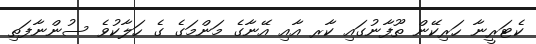
ކެޓަރީނާ ހަރިކޭން ތޫފާނުގައި ކާރ އާއި އޭނާގެ މަންމަގެ ގެ ހަލާކުވެ ސުންނާފަތި